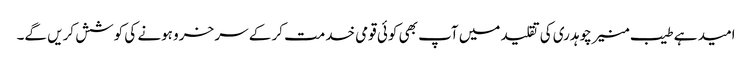
امید ہے طیب منیر چوہدری کی تقلید میں آپ بھی کوئی قومی خدمت کر کے سر خرو ہونے کی کوشش کریں گے۔